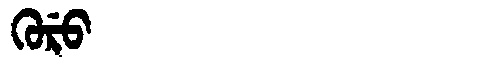
Manchu: ᡴᡠᡵᡠ
Romanization: KURU